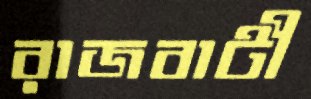
রাজবাটী